Report on the working of the Ranchi Indian Mental Hospital, Kanke, in Bihar and Orissa - 1930-1940
Year: 1930
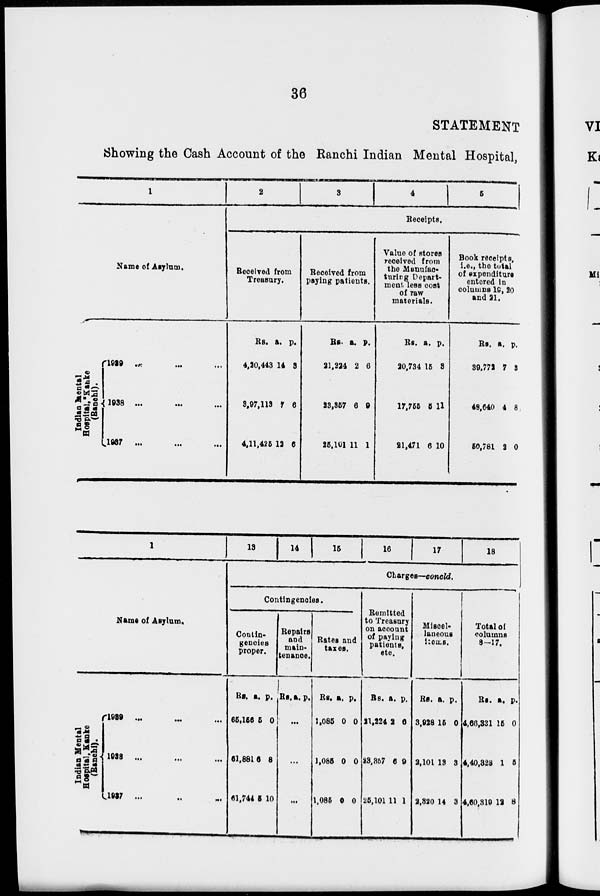
36
STATEMENT
Showing the Cash Account of the Ranchi Indian Mental Hospital,
1
Name of Asylum.
Indian Mental
Hospital, Kanke
(Ranchi).
1939 ... ... ...
1938 ... ... ...
1937
...
...
...
2
3
4
5
Receipts.
Received from
Treasury.
Rs.
4,20,443
3,97,113
4,11,425
a.
14
7
12
p.
3
6
6
Received from
paying patients.
Rs.
21,224
23,357
25,101
a.
2
6
11
p.
6
9
1
Value of stores
received from
the Manufac-
turing Depart-
ment less cost
of raw
materials.
Rs.
20,734
17,755
21,471
a.
15
5
6
p.
3
11
10
Book receipts,
i.e., the total
of expenditure
entered in
columns 19, 20
and 21.
Rs.
39,772
48,640
50,781
a.
7
4
2
p.
3
8
0
1
Name of Asylum.
Indian Mental
Hospital, Kanke
(Ranchi).
1939 ... ... ...
1938 ...
...
...
1937 ... ... ...
13
14
15
16
17
18
Charges—concld.
Contingencies.
Contin-
gencies
proper.
Rs.
65,156
61,881
61,744
a.
5
6
5
p.
0
8
10
Repairs
and
main-
tenance.
Rs. a. p.
...
...
...
Rates and
taxes.
Rs.
1,085
1,085
1,085
a.
0
0
0
p.
0
0
0
Remitted
to Treasury
on account
of paying
patients,
etc.
Rs.
21,224
23,357
25,101
a.
2
6
11
p.
6
9
1
Miscel-
laneous
items.
Rs.
3,928
2,101
2,320
a.
15
13
14
p.
0
3
3
Total of
columns
8—17.
Rs.
4,66,331
4,40,328
4,60,319
a.
15
1
12
p.
0
5
8